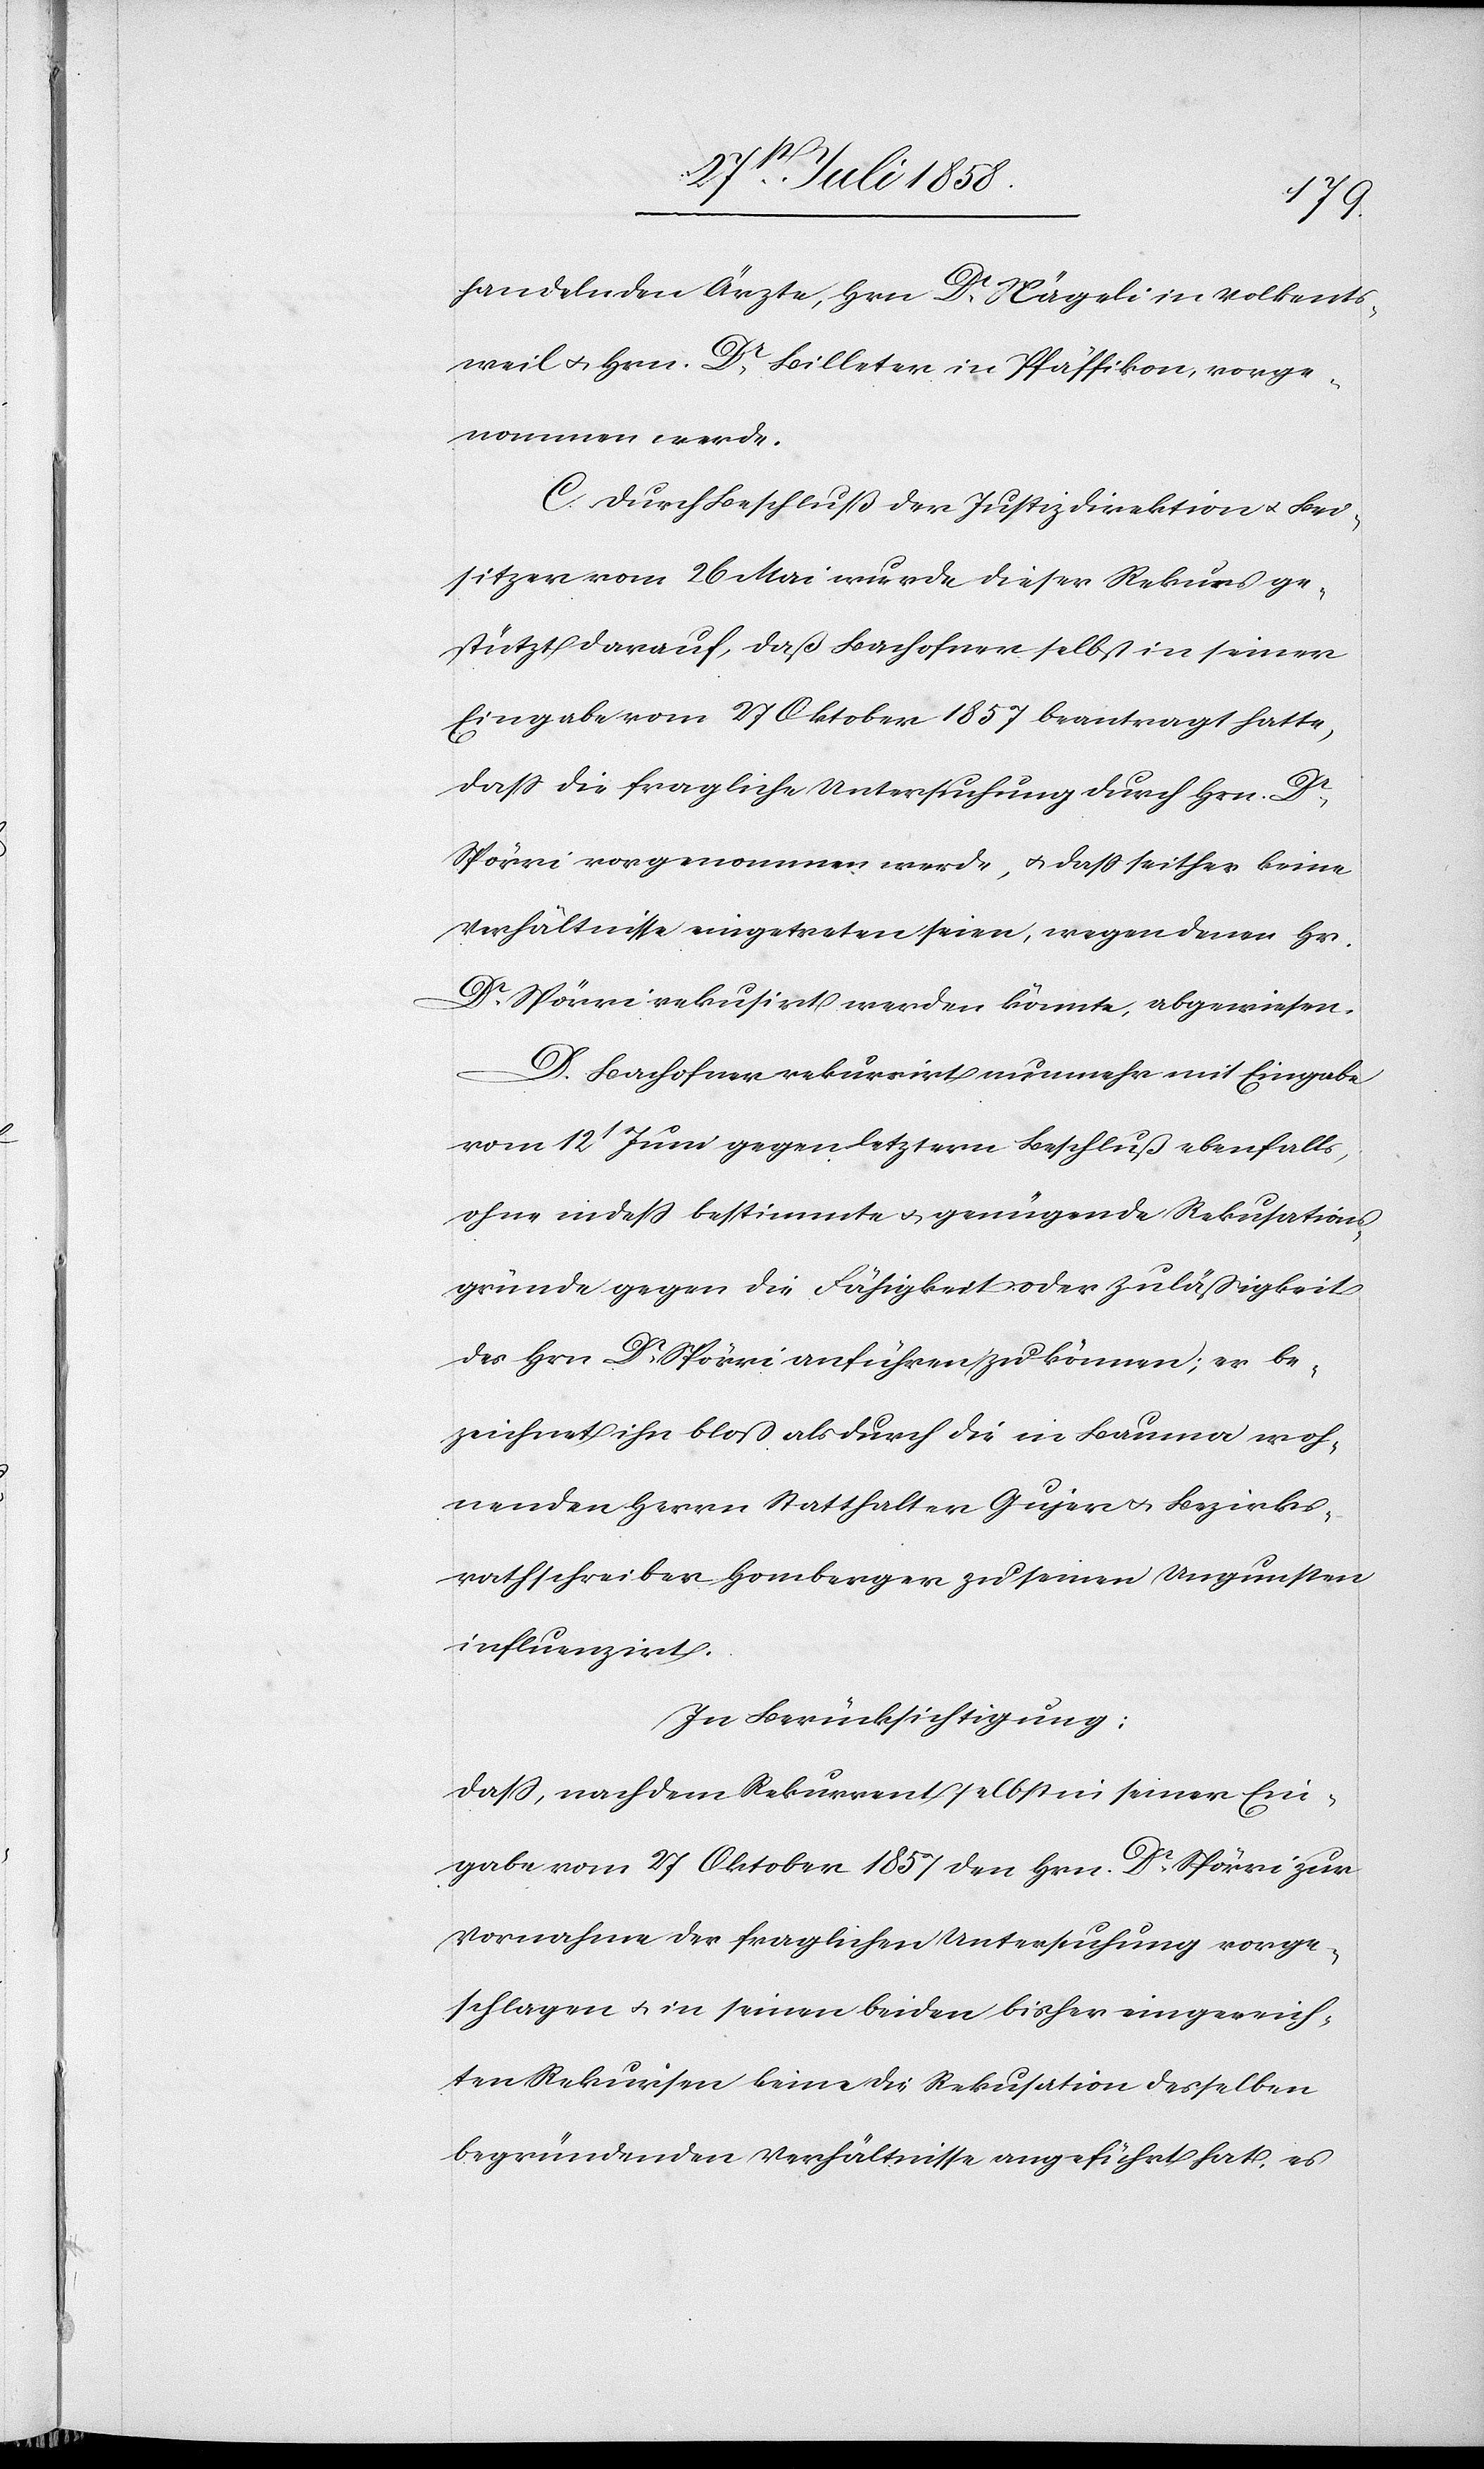
handelnden Ärzte, Hrn. Dr. Nägeli in Volkents¬
weil & Hrn. Dr. Billeter in Pfäffikon, vorge¬
nommen werde.
C. Durch Beschluß der Justizdirektion & Bei¬
sitzer vom 26 Mai wurde dieser Rekurs ge¬
stützt darauf, daß Bachofner selbst in seiner
Eingabe vom 27 Oktober 1857 beantragt hatte,
dass die fragliche Untersuchung durch Hrn. Dr.
Spörri vorgenommen werde, & dass seither keine
Verhältnisse eingetreten seien, wegen denen Hr.
Dr. Spörri rekusirt werden könnte, abgewiesen.
D. Bachofner rekurrirt nunmehr mit Eingabe
vom 12t Juni gegen letztern Beschluß ebenfalls,
ohne indess bestimmte & genügende Rekusations¬
gründe gegen die Fähigkeit oder Zuläßigkeit
des Hrn. Dr. Spörri anführen zu können; er be¬
zeichnet ihn bloß als durch die in Bauma woh¬
nenden Herrn Statthalter Gujer & Bezirks¬
rathschreiber Homberger zu seinen Ungunsten
influenzirt.
In Berücksichtigung:
dass, nachdem Rekurrent selbst in seiner Ein¬
gabe vom 27 Oktober 1857 den Hrn. Dr. Spörri zur
Vornahme der fraglichen Untersuchung vorge¬
schlagen & in seinen beiden bisher eingereich¬
ten Rekursen keine die Rekusation desselben
begründenden Verhältnisse angeführt hat, es